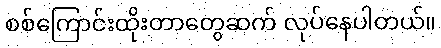
စစ်ကြောင်းထိုးတာတွေဆက် လုပ်နေပါတယ်။